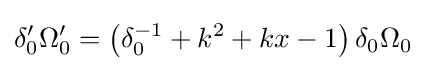
\delta _{0}^{\prime }\Omega _{0}^{\prime }=\left(\delta _{0}^{-1}+k^{2}+kx-1\right)\delta _{0}\Omega _{0}